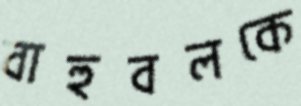
বাহুবলকে